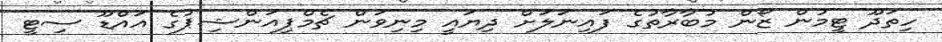
ހިތަދޫ ޓީމުން ޒޯން މުބާރާތުގެ ފައިނަލަށް ދިޔައީ މިނިވަން ޗެމްޕިއަންޝިޕުގެ އައްޑޫ ސިޓީ